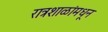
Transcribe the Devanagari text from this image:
रात्रशाळांमधून